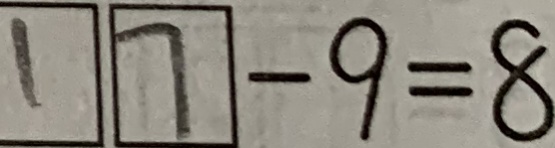
1 7 - 9 = 8